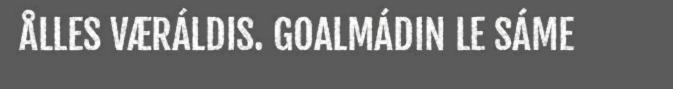
ÅLLES VÆRÁLDIS. GOALMÁDIN LE SÁME